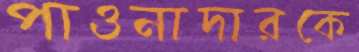
পাওনাদারকে